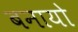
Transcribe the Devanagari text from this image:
बनायो